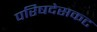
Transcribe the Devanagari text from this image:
परिषदेसकट